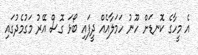
އެ މީހާގެ ކޮނޑަށް ހޫނު ހަމަލާއެއް ދީފައި ބޯޅަ ގޮސް އޭރު މަގުމެދުގައި